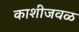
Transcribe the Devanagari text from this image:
काशीजवळ